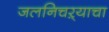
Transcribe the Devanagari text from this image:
जलनिचऱ्याचा